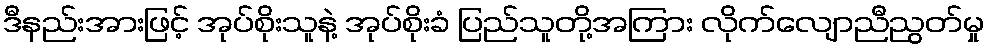
ဒီနည်းအားဖြင့် အုပ်စိုးသူနဲ့ အုပ်စိုးခံ ပြည်သူတို့အကြား လိုက်လျောညီညွတ်မှု